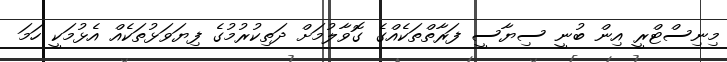
މިނިސްޓްރީ އިން ބުނީ ސިޔާސީ ފަރާތްތަކެއްގެ ގޮވާލުމަށް ދަތިކުރުމުގެ ފިޔަވަޅުތަކެއް އެޅުމަކީ ހަމަ